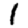
Digit: 1